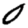
Digit: 0